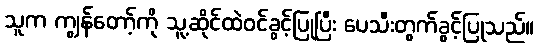
သူက ကျွန်တော့်ကို သူ့ဆိုင်ထဲဝင်ခွင့်ပြုပြီး ပေသီးတွက်ခွင့်ပြုသည်။